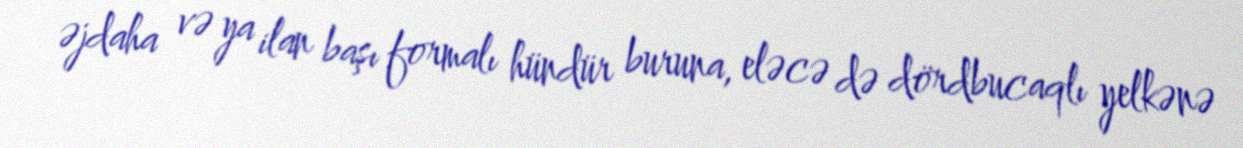
əjdaha və ya ilan başı formalı hündür buruna, eləcə də dördbucaqlı yelkənə